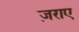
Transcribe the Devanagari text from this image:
ज़राए